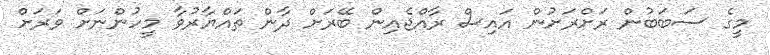
މީގެ ސަބަބުން ރަށްރަށުން އައިސް ރާއްޖެއިން ބޭރަށް ދާން ތައްޔާރުވާ މީހުންނަށް ވަރަށް